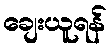
ချေးယူရန်